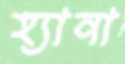
হ্যানা